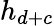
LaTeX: h_{d+c}